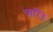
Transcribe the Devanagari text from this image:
चारि॥